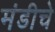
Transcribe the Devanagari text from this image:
मंडीचे